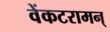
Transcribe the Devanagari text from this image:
वेंकटरामन्